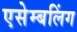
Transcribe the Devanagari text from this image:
एसेम्बलिंग